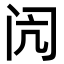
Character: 闶